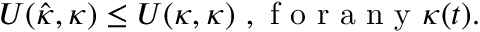
\begin{array} { r } { U ( \hat { \kappa } , \kappa ) \leq U ( \kappa , \kappa ) \mathrm { ~ , ~ f ~ o ~ r ~ a ~ n ~ y ~ } \kappa ( t ) . } \end{array}